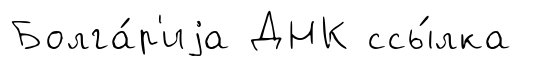
Болга́р'иjа ДНК ссы́лка